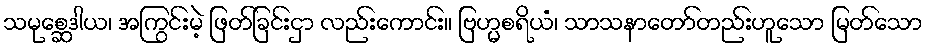
သမုစ္ဆေဒါယ၊ အကြွင်းမဲ့ ဖြတ်ခြင်းငှာ လည်းကောင်း။ ဗြဟ္မစရိယံ၊ သာသနာတော်တည်းဟူသော မြတ်သော